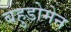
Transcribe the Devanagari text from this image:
बहुडोमेन